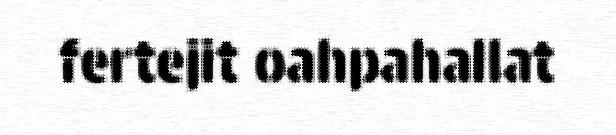
fertejit oahpahallat